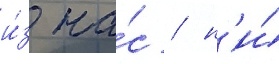
и́з на́с / н'и́